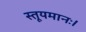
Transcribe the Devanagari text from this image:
स्तूयमानः।